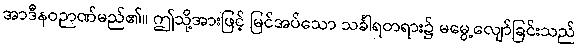
အာဒီနဝဉာဏ်မည်၏။ ဤသို့အားဖြင့် မြင်အပ်သော သင်္ခါရတရား၌ မမွေ့လျော်ခြင်းသည်